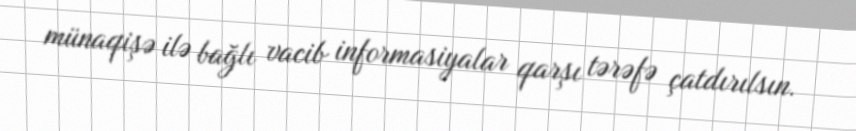
münaqişə ilə bağlı vacib informasiyalar qarşı tərəfə çatdırılsın.